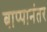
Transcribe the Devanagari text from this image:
बाप्पानंतर